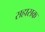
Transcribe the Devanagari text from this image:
सहासक